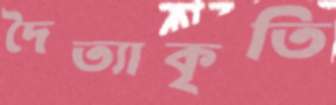
দৈত্যাকৃতি